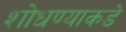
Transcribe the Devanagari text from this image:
शोधण्याकडे